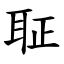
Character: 聇